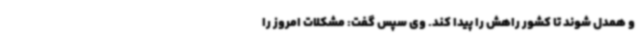
و همدل شوند تا کشور راهش را پیدا کند. وی سپس گفت: مشکلات امروز را